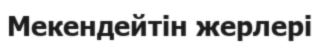
Мекендейтін жерлері